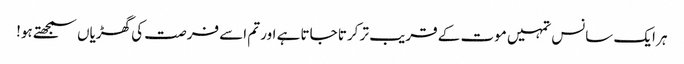
ہر ایک سانس تمہیں موت کے قریب تر کرتا جاتا ہے اور تم اسے فرصت کی گھڑیاں سمجھتے ہو!